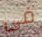
فى